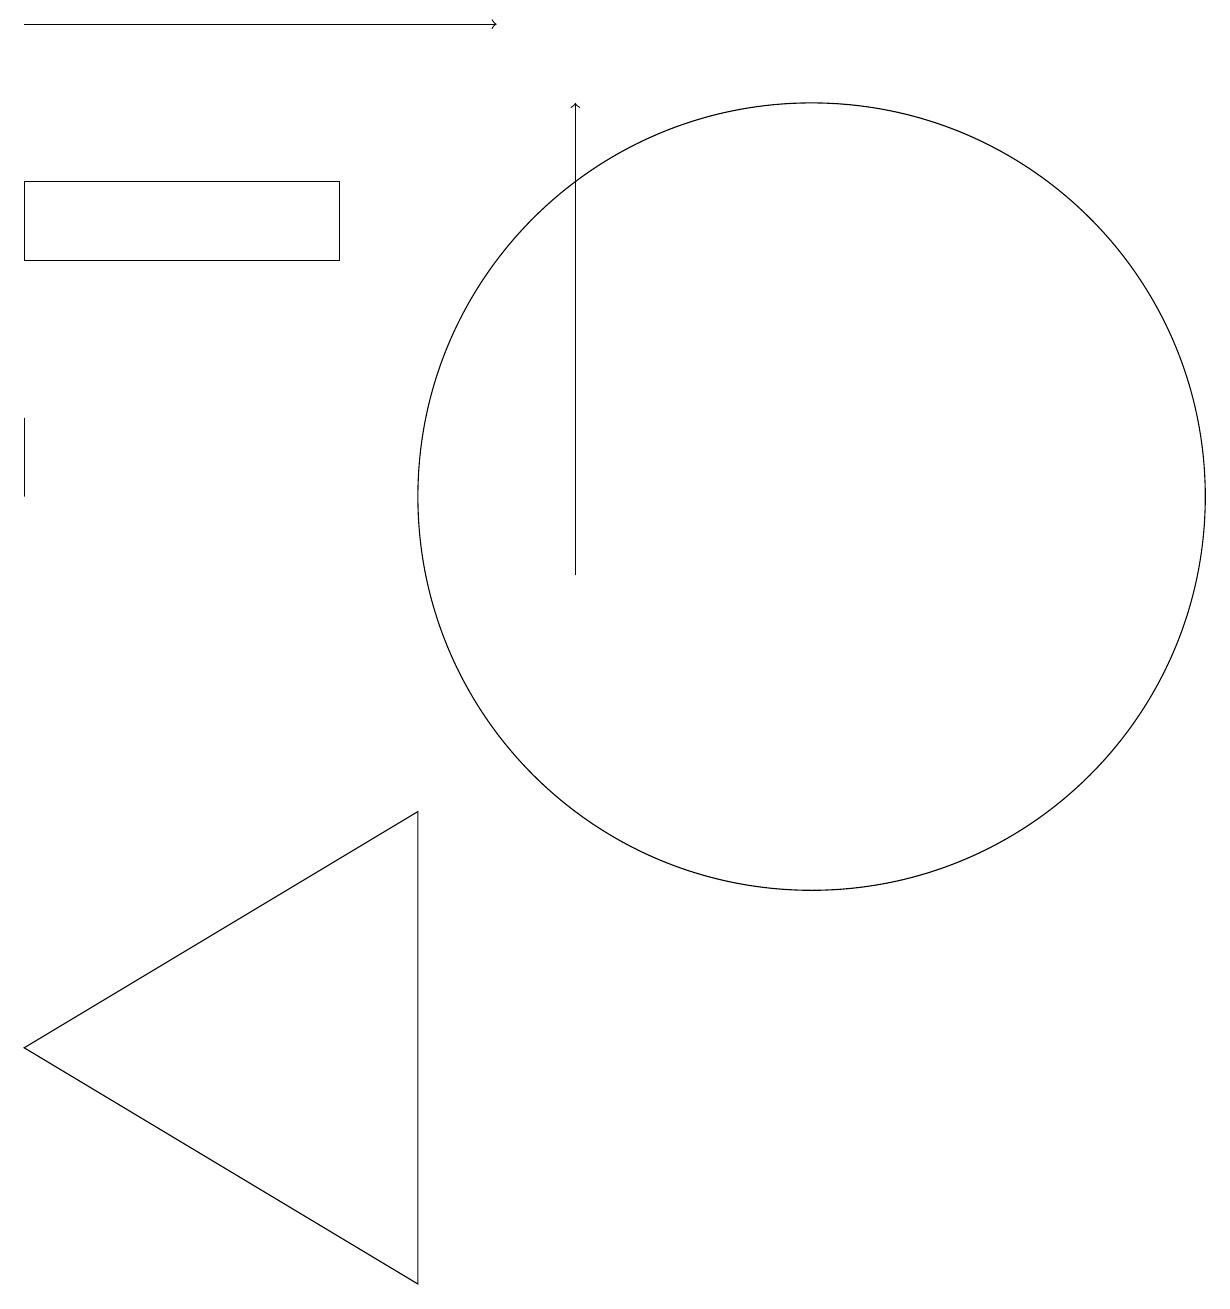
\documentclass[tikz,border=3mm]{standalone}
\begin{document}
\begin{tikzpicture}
\draw[->] (1,17) -- (7,17);
\draw (1,12) rectangle (1,11);
\draw (11,11) circle (5);
\draw (6,7) -- (1,4) -- (6,1) -- cycle;
\draw[->] (8,10) -- (8,16);
\draw (5,15) rectangle (1,14);
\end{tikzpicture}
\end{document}